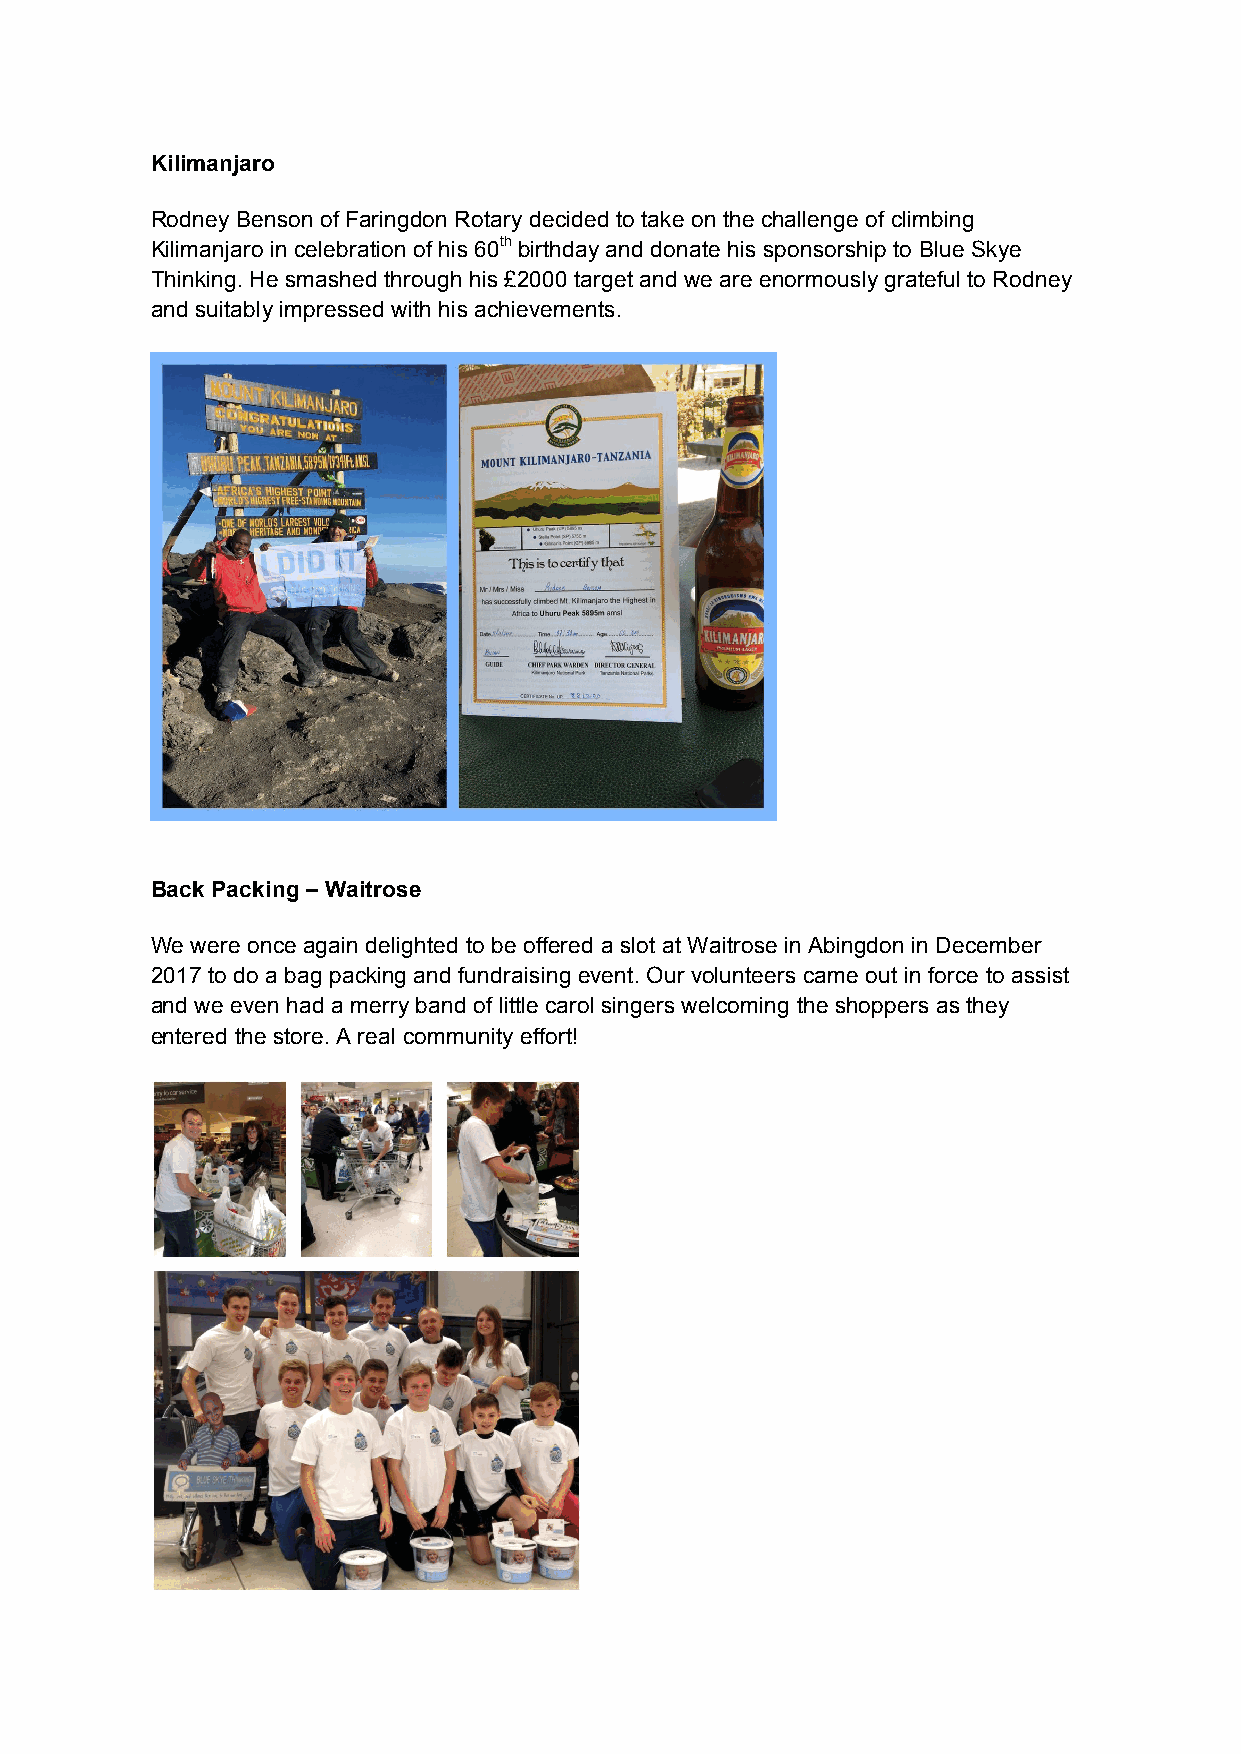
Kilimanjaro
 Rodney Benson of Faringdon Rotary decided to take on the challenge of climbing
 Kilimanjaro in celebration of his 60th birthday and donate his sponsorship to Blue Skye
 Thinking. He smashed through his £2000 target and we are enormously grateful to Rodney
 and suitably impressed with his achievements.
 Back Packing – Waitrose
 We were once again delighted to be offered a slot at Waitrose in Abingdon in December
 2017 to do a bag packing and fundraising event. Our volunteers came out in force to assist
 and we even had a merry band of little carol singers welcoming the shoppers as they
 entered the store. A real community effort!